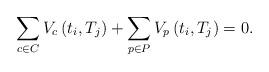
LaTeX: \begin{align*}\sum_{c\in C}V_{c}\left(t_{i},T_{j}\right)+\sum_{p\in P}V_{p}\left(t_{i},T_{j}\right)=0.\end{align*}